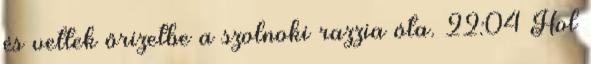
és vettek őrizetbe a szolnoki razzia óta. 22:04 Hol